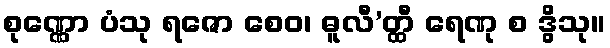
စုဏ္ဏော ပံသု ရဇော စေဝ၊ ဓူလီ’တ္ထီ ရေဏု စ ဒွိသု။